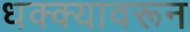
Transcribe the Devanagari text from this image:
धक्क्यावरून